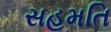
સહમતિ